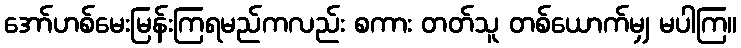
အော်ဟစ်မေးမြန်းကြရမည်ကလည်း စကား တတ်သူ တစ်ယောက်မျှ မပါကြ။